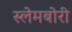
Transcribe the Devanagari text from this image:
स्‍लेमबोरी